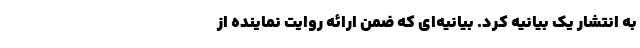
به انتشار یک بیانیه کرد. بیانیه‌ای که ضمن ارائه روایت نماینده از